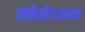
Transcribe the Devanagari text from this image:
कर्करोगजनक